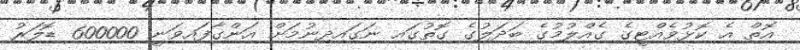
އޮތް އެ ކޮޅުވެއްޓީގެ ގެއްލުމުގެ ބަދަލުގެ ގޮތުގައި ނަގައިދިނުމަށް އަންގާފައިވަނީ 600000 ޑޮލަރު